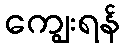
ကျွေးရန်